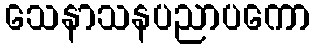
သေနာသနပညာပကော